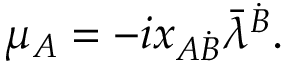
\mu _ { A } = - i x _ { A \dot { B } } \bar { \lambda } ^ { \dot { B } } .